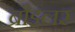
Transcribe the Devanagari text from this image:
ब्रौइलर